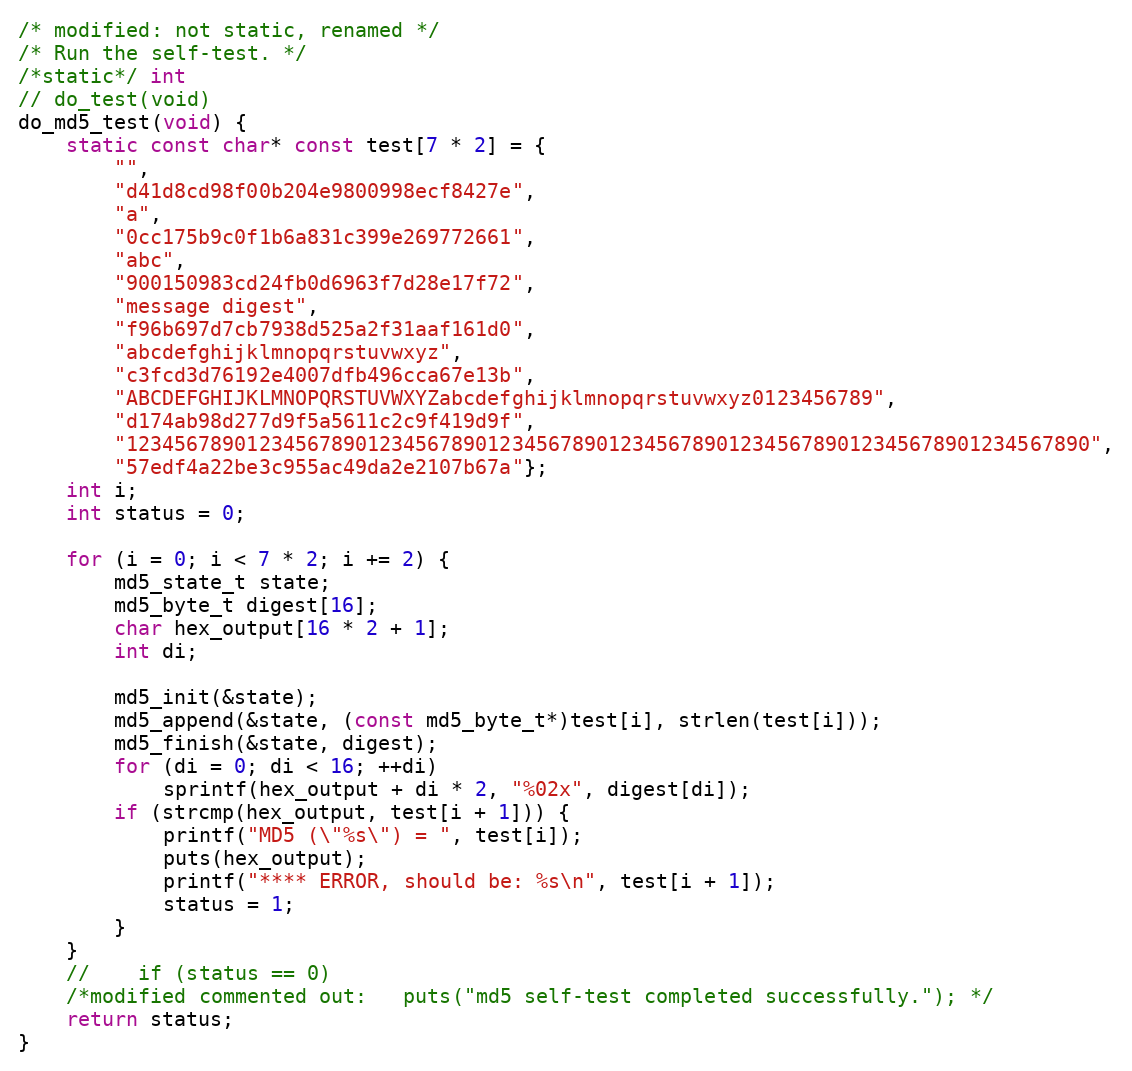
Language: C++
/* modified: not static, renamed */
/* Run the self-test. */
/*static*/ int
// do_test(void)
do_md5_test(void) {
    static const char* const test[7 * 2] = {
        "",
        "d41d8cd98f00b204e9800998ecf8427e",
        "a",
        "0cc175b9c0f1b6a831c399e269772661",
        "abc",
        "900150983cd24fb0d6963f7d28e17f72",
        "message digest",
        "f96b697d7cb7938d525a2f31aaf161d0",
        "abcdefghijklmnopqrstuvwxyz",
        "c3fcd3d76192e4007dfb496cca67e13b",
        "ABCDEFGHIJKLMNOPQRSTUVWXYZabcdefghijklmnopqrstuvwxyz0123456789",
        "d174ab98d277d9f5a5611c2c9f419d9f",
        "12345678901234567890123456789012345678901234567890123456789012345678901234567890",
        "57edf4a22be3c955ac49da2e2107b67a"};
    int i;
    int status = 0;

    for (i = 0; i < 7 * 2; i += 2) {
        md5_state_t state;
        md5_byte_t digest[16];
        char hex_output[16 * 2 + 1];
        int di;

        md5_init(&state);
        md5_append(&state, (const md5_byte_t*)test[i], strlen(test[i]));
        md5_finish(&state, digest);
        for (di = 0; di < 16; ++di)
            sprintf(hex_output + di * 2, "%02x", digest[di]);
        if (strcmp(hex_output, test[i + 1])) {
            printf("MD5 (\"%s\") = ", test[i]);
            puts(hex_output);
            printf("**** ERROR, should be: %s\n", test[i + 1]);
            status = 1;
        }
    }
    //    if (status == 0)
    /*modified commented out:   puts("md5 self-test completed successfully."); */
    return status;
}